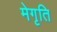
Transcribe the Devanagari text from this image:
मेगृति